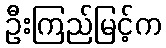
ဦးကြည်မြင့်က